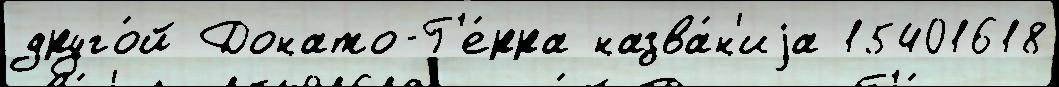
друго́й Донато-Г'е́рра назва́н'иjа 15401618